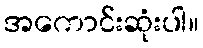
အကောင်းဆုံးပါ။